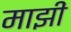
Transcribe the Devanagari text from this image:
माझीं